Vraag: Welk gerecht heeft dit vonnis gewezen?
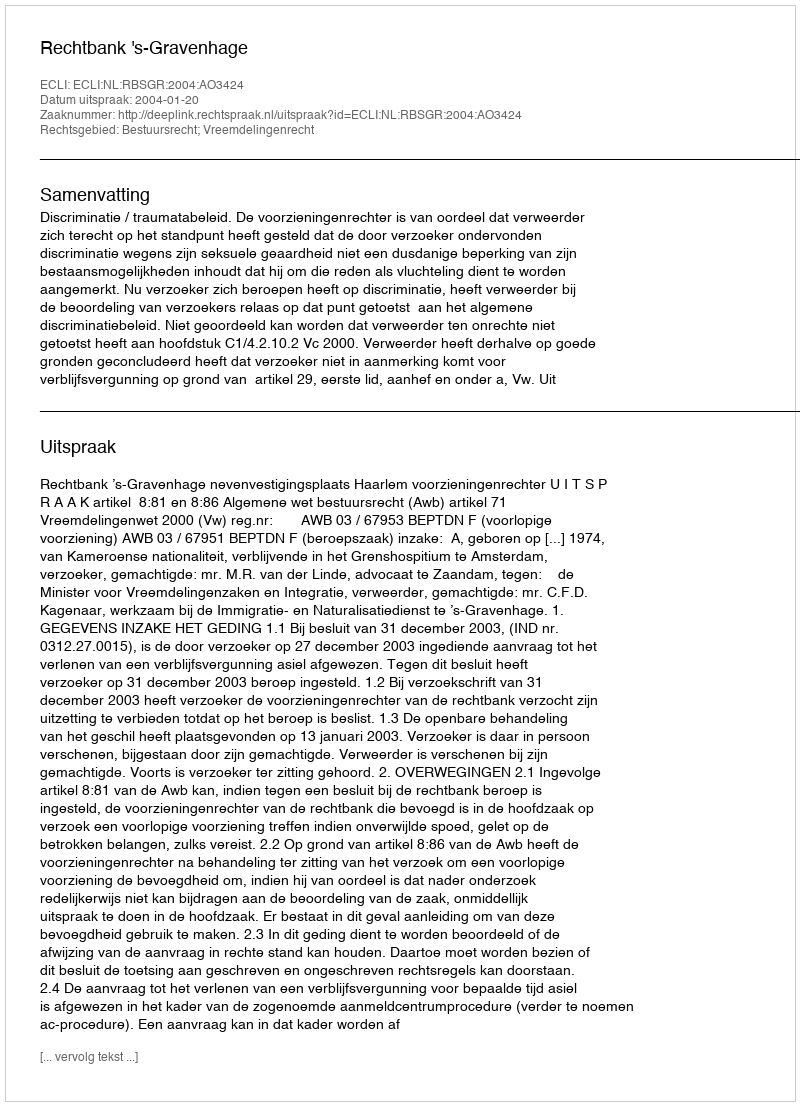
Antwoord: Rechtbank 's-Gravenhage